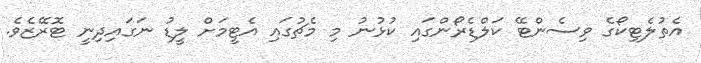
އެތުލެޓިކޯގެ ވިސެންޓޭ ކަލްޑެރޯންގައި ކުޅުނު މި މެޗުގައި އެޓީމަށް ލީޑު ނަގައިދިނީ ޓޮރޭޒެވެ.